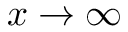
x \to \infty